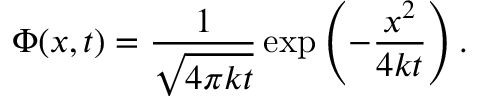
\Phi ( x , t ) = { \frac { 1 } { \sqrt { 4 \pi k t } } } \exp \left( - { \frac { x ^ { 2 } } { 4 k t } } \right) .